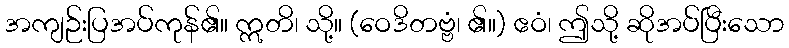
အကျဉ်းပြအပ်ကုန်၏။ ဣတိ၊ သို့။ (ဝေဒိတဗ္ဗံ၊ ၏။) ဧဝံ၊ ဤသို့ ဆိုအပ်ပြီးသော